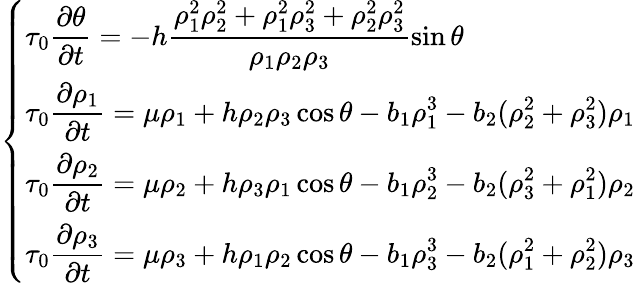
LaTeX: \left\{ \begin{array}{ll}{\tau_{0}\displaystyle\frac{\partial\theta}{\partial t}=-h\displaystyle\frac{\rho_{1}^{2}\rho_{2}^{2}+\rho_{1}^{2}\rho_{3}^{2}+\rho_{2}^{2}\rho_{3}^{2}}{\rho_{1}\rho_{2}\rho_{3}}\sin\theta}\\ {\tau_{0}\displaystyle\frac{\partial\rho_{1}}{\partial t}=\mu\rho_{1}+h\rho_{2}\rho_{3}\cos\theta-b_{1}\rho_{1}^{3}-b_{2}(\rho_{2}^{2}+\rho_{3}^{2})\rho_{1}}\\ {\tau_{0}\displaystyle\frac{\partial\rho_{2}}{\partial t}=\mu\rho_{2}+h\rho_{3}\rho_{1}\cos\theta-b_{1}\rho_{2}^{3}-b_{2}(\rho_{3}^{2}+\rho_{1}^{2})\rho_{2}}\\ {\tau_{0}\displaystyle\frac{\partial\rho_{3}}{\partial t}=\mu\rho_{3}+h\rho_{1}\rho_{2}\cos\theta-b_{1}\rho_{3}^{3}-b_{2}(\rho_{1}^{2}+\rho_{2}^{2})\rho_{3}}\end{array}\right.